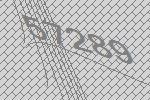
57289